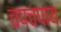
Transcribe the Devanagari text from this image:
चपचपाय